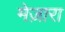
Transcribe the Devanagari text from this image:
मेज़ारा